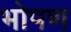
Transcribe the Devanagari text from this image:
भोपण